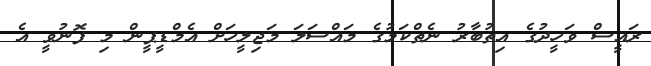
ރައީސް ވަހީދުގެ އިތުބާރު ނެތްކަމުގެ މައްސަލަ މަޖިލީހަށް އެމްޑީޕީން މި ފޮނުވީ އެ